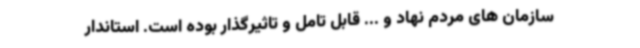
سازمان های مردم نهاد و ... قابل تامل و تاثیرگذار بوده است. استاندار